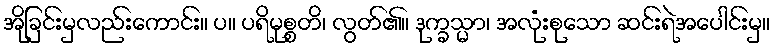
အိုခြင်းမှလည်းကောင်း။ ပ။ ပရိမုစ္စတိ၊ လွတ်၏။ ဒုက္ခသ္မာ၊ အလုံးစုသော ဆင်းရဲအပေါင်းမှ။